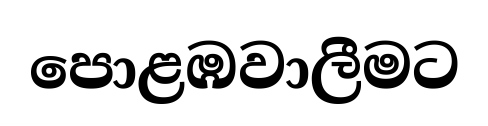
පොළඹවාලීමට